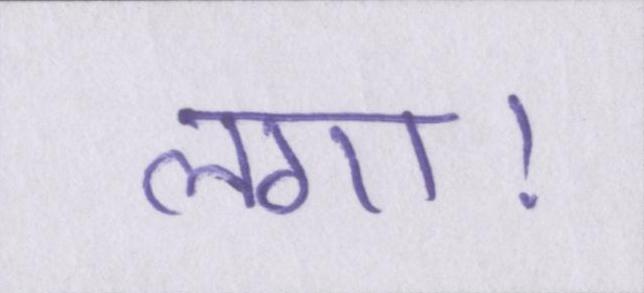
लगा।